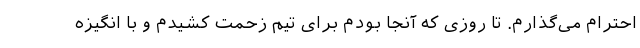
احترام می‌گذارم. تا روزی که آنجا بودم برای تیم زحمت کشیدم و با انگیزه